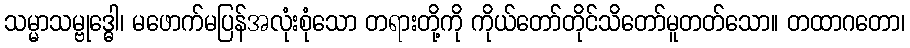
သမ္မာသမ္ဗုဒ္ဓေါ၊ မဖောက်မပြန်အလုံးစုံသော တရားတို့ကို ကိုယ်တော်တိုင်သိတော်မူတတ်သော။ တထာဂတော၊